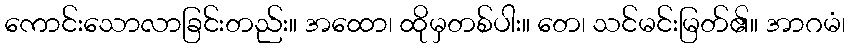
ကောင်းသောလာခြင်းတည်း။ အထော၊ ထိုမှတစ်ပါး။ တေ၊ သင်မင်းမြတ်၏။ အာဂမံ၊